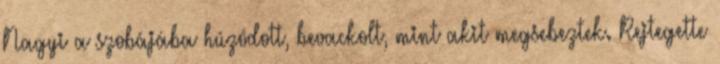
Nagyi a szobájába húzódott, bevackolt, mint akit megsebeztek. Rejtegette